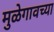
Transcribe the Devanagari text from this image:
मुळेगावच्या